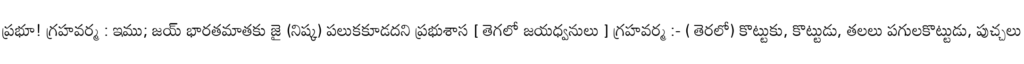
ప్రభూ! గ్రహవర్మ : ఇము; జయ్ భారతమాతకు జై (నిష్క) పలుకకూడదని ప్రభుశాస [ తెగలో జయధ్వనులు ] గ్రహవర్మ :- ( తెరలో) కొట్టుకు, కొట్టుడు, తలలు పగులకొట్టుడు, పుచ్చలు